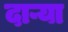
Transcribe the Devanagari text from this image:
दाऱ्या